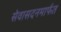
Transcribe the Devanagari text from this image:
सेवासदनमार्फत